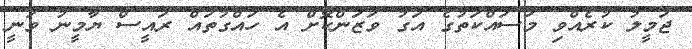
ޖަމީލު ކުރެއްވި މަސައްކަތުގެ އަގު ވަޒަންކޮށް އެ ހައްގުތައް ރައީސް ޔާމީނު ވަނީ